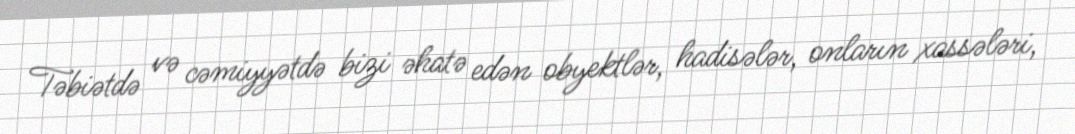
Təbiətdə və cəmiyyətdə bizi əhatə edən obyektlər, hadisələr, onların xassələri,